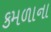
કમળાના